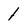
Character: 1